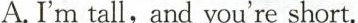
A.I'm tall, and you're short.